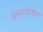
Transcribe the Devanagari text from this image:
बेन्नाळकर